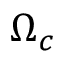
\Omega _ { c }